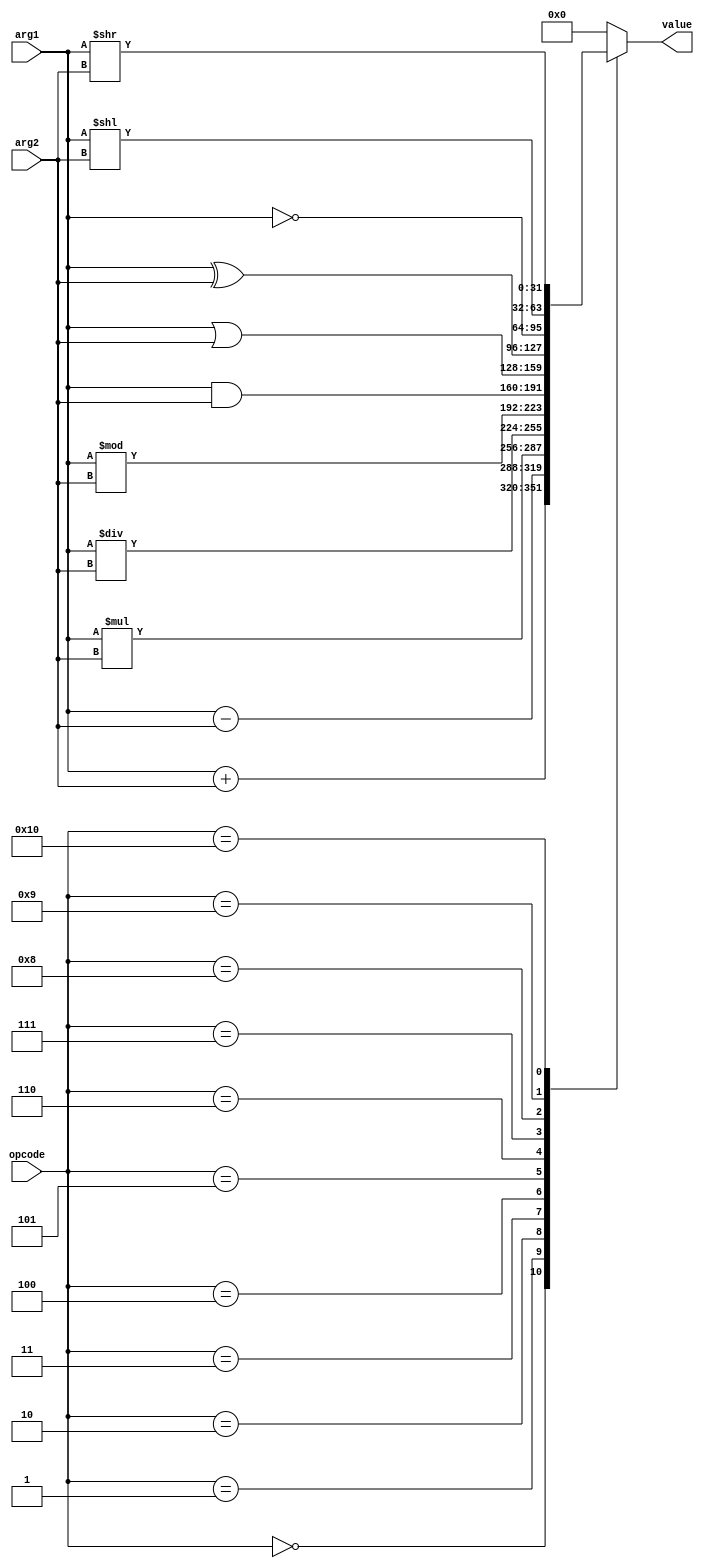
module cpu_alu(input [31:0] arg1,
	input [31:0] arg2,
	input [15:0] opcode,
	output reg [31:0] value);
	always @*
		case (opcode)
			15'h0 /* ADD */: value = arg1 + arg2;
			16'h1 /* SUB */: value = arg1 - arg2;
			16'h2 /* MUL */: value = arg1 * arg2;
			16'h3 /* DIV */: value = arg1 / arg2;
			16'h4 /* MOD */: value = arg1 % arg2;
			16'h5 /* AND */: value = arg1 & arg2;
			16'h6 /* OR */: value = arg1 | arg2;
			16'h7 /* XOR */: value = arg1 ^ arg2;
			16'h8 /* NOT */: value = ~arg1;
			16'h9 /* LSH */: value = arg1 << arg2;
			16'h10 /* RSH */: value = arg1 >> arg2;
			default: value = 0;
		endcase
endmodule